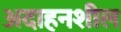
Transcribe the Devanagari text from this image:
अदाहनशील